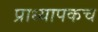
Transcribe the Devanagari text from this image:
प्राध्यापकच